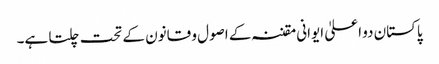
پاکستان دو اعلیٰ ایوانی مقننہ کے اصول و قانون کے تحت چلتا ہے۔